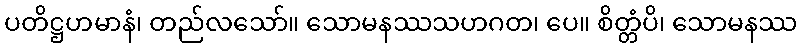
ပတိဋ္ဌဟမာနံ၊ တည်လသော်။ သောမနဿသဟဂတ၊ ပေ။ စိတ္တံပိ၊ သောမနဿ